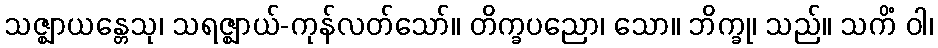
သဇ္ဈာယန္တေသု၊ သရဇ္ဈာယ်-ကုန်လတ်သော်။ တိက္ခပညော၊ သော။ ဘိက္ခု၊ သည်။ သကိံ ဝါ၊